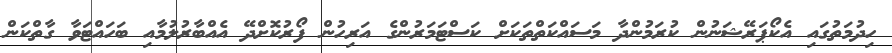
ހިދުމަތުގައި އެކޯޕަރޭޝަނުން ކުރަމުންދާ މަސައްކަތްތަކަށް ކަސްޓަމަރުންގެ އަރިހުން ފޯރުކޮށްދޭ އެއްބާރުލުމާއި ބަހައްޓަވާ ގާތްކަން